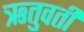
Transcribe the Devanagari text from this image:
ऋतुवती